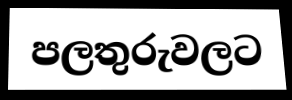
පලතුරුවලට